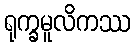
ရုက္ခမူလိကဿ